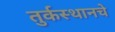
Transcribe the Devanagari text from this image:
तुर्कस्थानचे